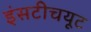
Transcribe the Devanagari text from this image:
इंसटीचयूट